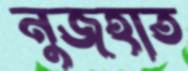
নুজহাত